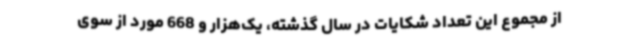
از مجموع این تعداد شکایات در سال گذشته، یک‌هزار و 668 مورد از سوی